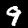
Digit: 9